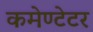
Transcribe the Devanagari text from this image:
कमेण्टेटर